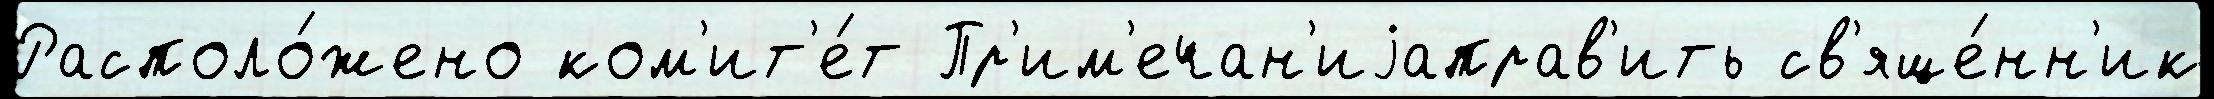
Располо́жено ком'ит'е́т Пр'им'ечан'иjаправ'ить св'яще́нн'ик